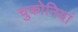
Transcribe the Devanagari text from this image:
चुकोनियां